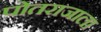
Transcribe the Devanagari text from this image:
पोतराजाला